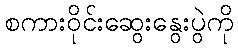
စကားဝိုင်းဆွေးနွေးပွဲကို